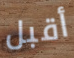
أقبل